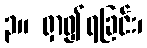
၃။ ရှာ၍ရခြင်း၊